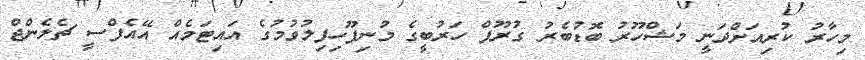
މިހާރު ކުރިއަށްދަނީ މަޝްހޫރު ބޮޑުބެރު ގުރޫޕް ހަރުބީގެ މުނިފޫހިފިލުވުމުގެ އައިޓަމެއް އޭއެފްސީ ޗެލެންޖް